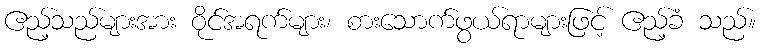
ဧည့်သည်များအား ဝိုင်အရက်များ၊ စားသောက်ဖွယ်ရာများဖြင့် ဧည့်ခံ သည်။